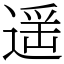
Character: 遥